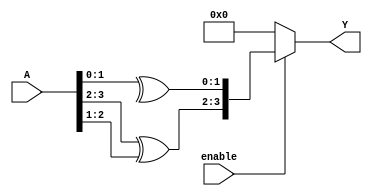
module relative_encoder #(
    parameter N = 4, // Number of input bits
    parameter M = 4  // Number of output bits (for Gray code)
)(
    input wire [N-1:0] A,      // N-bit input
    input wire enable,          // Enable signal
    output reg [M-1:0] Y       // M-bit output
);

// Gray code encoding logic
always @(*) begin
    if (enable) begin
        // Convert binary input A to Gray code output Y
        Y = {A[N-1], A[N-1:N-2] ^ A[N-2:N-3], A[N-3:N-4] ^ A[N-4:N-5]};
    end else begin
        // When disabled, set output to default state (e.g., all zeros)
        Y = {M{1'b0}};
    end
end

endmodule